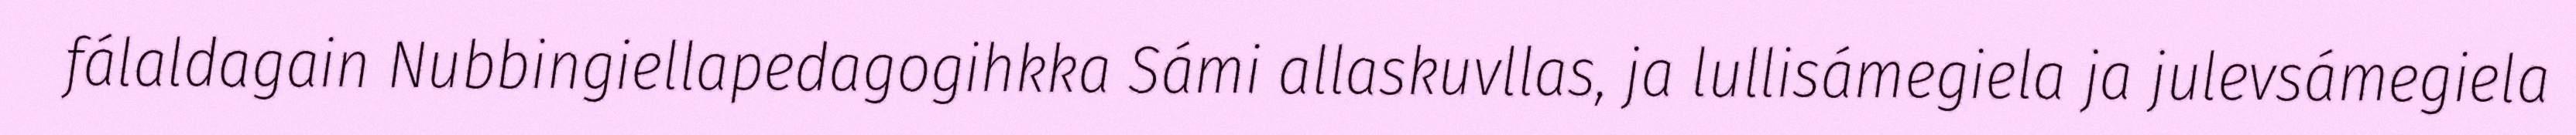
fálaldagain Nubbingiellapedagogihkka Sámi allaskuvllas, ja lullisámegiela ja julevsámegiela